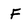
Character: F